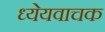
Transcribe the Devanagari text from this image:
ध्येयवाचक